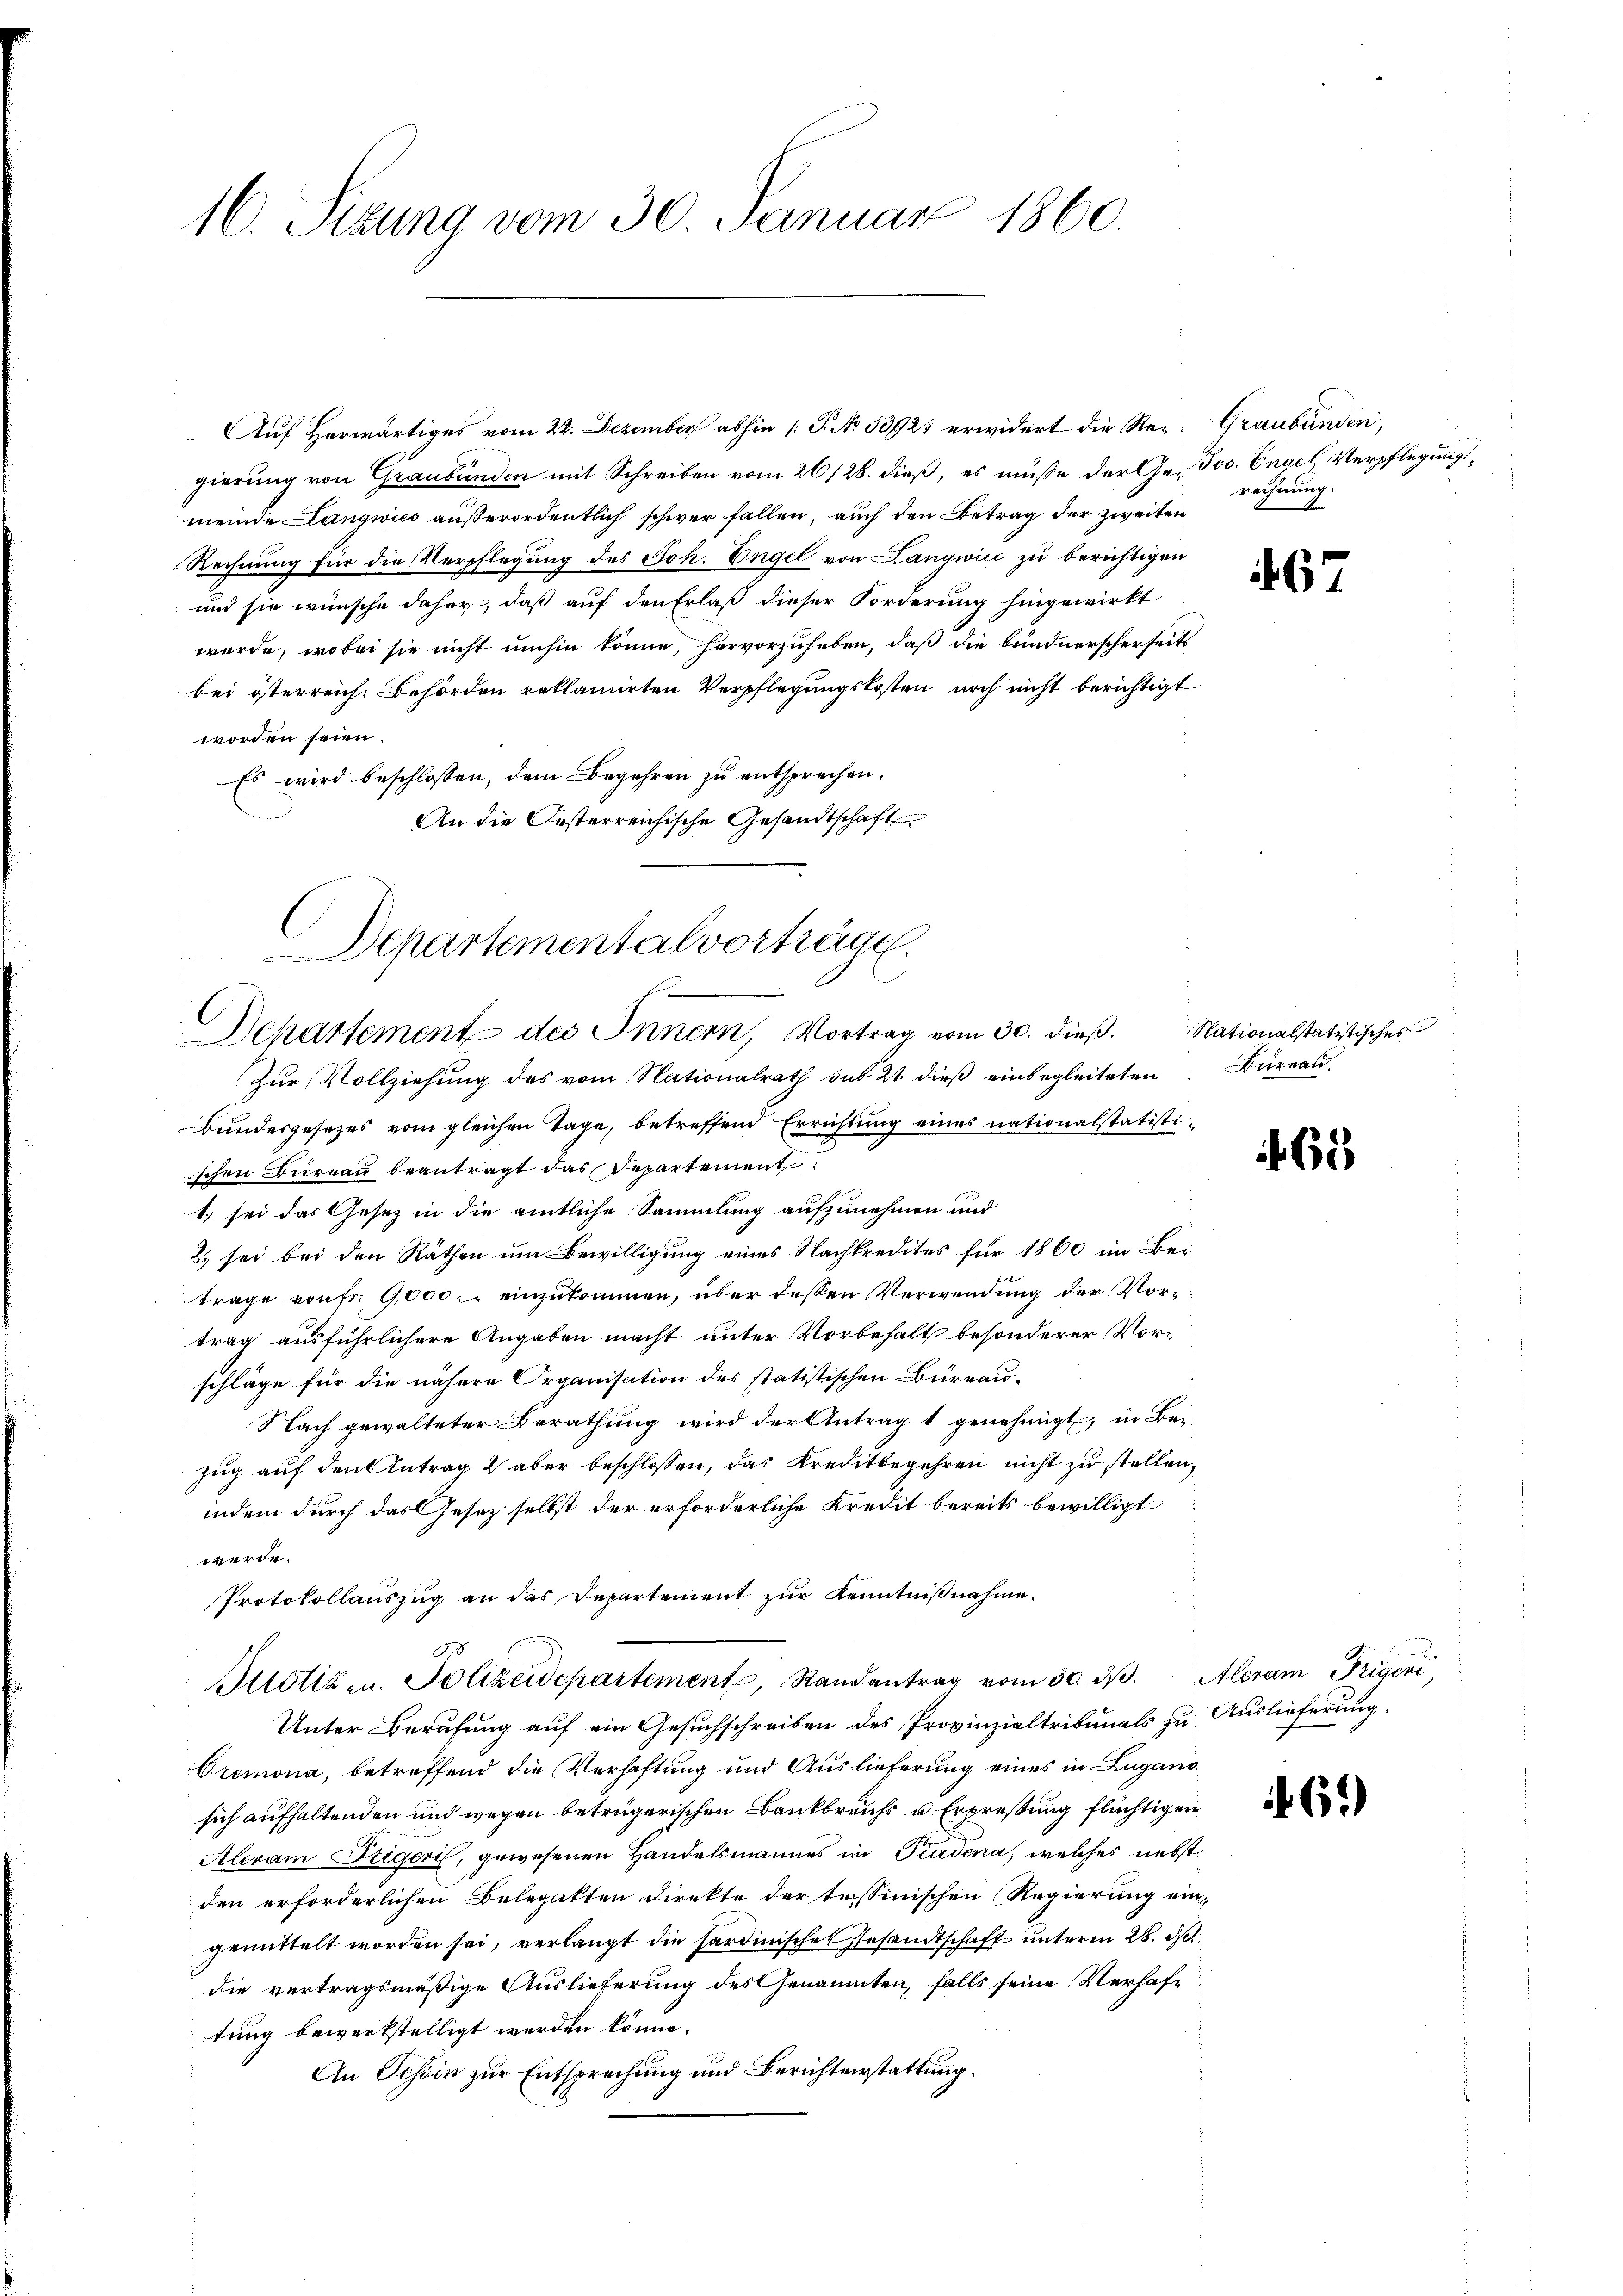
16. Sizung vom 30. Januar 1860.

Auf Herwärtiges vom 22. Dezember abhin [P. No. 53927 erwidert die Rez. Graubünden,
gierung von Graubünden mit Schreiben vom 26/28. dieß, es müsse der Ge- Jos. Engel, Verpflegungsmeinde Langwies außerordentlich schwer fallen, auch den Betrag der zweiten
Rechnung für die Verpflegung des Joh. Engel von Langwici zu berichtigen
und sie wünsche daher, daß auf den Erlaß dieser Forderung hingewirkt
würde, wobei sie nicht umhin könne, hervorzuheben, daß die bundnerscherseits
bei österreich. Behörden reklamirten Verpflegungskosten noch nicht berichtigt
worden seien.
Es wird beschlossen, dem Begehren zu entsprechen.
An die Oesterreichische Gesandtschaft
Departementalvorträge.

Departement des Innern, Vortrag vom 30. dieß.
Zur Vollziehung des vom Nationalrath sub 21. dieß einbegleiteten Büreau.

Bundesgesetzes vom gleichen Tage, betreffend Errichtung eines nationalstatistischen Büreau beantragt das Departement
1. sei das Gesetz in die amtliche Sammlung aufzunehmen und
2) sei bei den Räthen um Bewilligung eines Nachkredites für 1860 im Ber-
trage von fr. 9,000 einzukommen, über dessen Verwendung der Vortrag ausführlichere Angaben macht unter Vorbehalt besonderer Vorschläge für die nähere Organisation des statistischen Bureau-
Nach gewalteter Berathung wird der Antrag 1 genehmigt, in Bezug auf den Antrag 2 aber beschlossen, das Kreditbegehren nicht zu stellen,
indem durch das Gesetz selbst der erforderliche Kredit bereits bewilligt
werde.
Protokollauszug an das Departement zur Kenntnißnahme.
ttstiz- u. Polizeidepartement, Randantrag vom 30. ds. Aleram Prigen,
Unter Berufung auf ein Gesuchschreiben des Provinzialtribunals zu Auslieferung.
Oremona, betreffend die Verhaftung und Auslieferung eines in Lugano
sich aufhaltenden und wegen betrügerischen Bankbrauchs u Erprestung flüchtigen
Aleram Ziegeri, gewesenen Handelsmannes im Piadena, welches nebst
den erforderlichen Belegatten direkte der tessinischen Regierung ein-
gemittelt worden sei, verlangt die Hardinische Gesandtschaft unterm 28. ds
die vertragsmäßige Auslieferung des Genannten, falls seine Verhaftung bewerkstelligt werden könne.
An Tessin zur Entsprechung und Berichterstattung.

rechnung.

67

Nationalstatistisches

465

461)